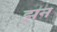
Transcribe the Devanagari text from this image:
झन